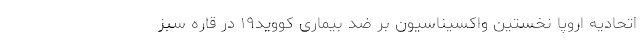
اتحادیه اروپا نخستین واکسیناسیون بر ضد بیماری کووید۱۹ در قاره سبز